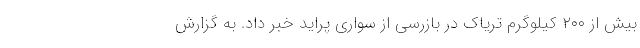
بیش از ۲۰۰ کیلوگرم تریاک در بازرسی از سواری پراید خبر داد. به گزارش